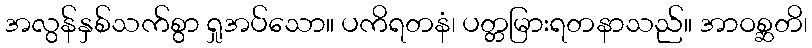
အလွန်နှစ်သက်စွာ ရှုအပ်သော။ ပကိရတနံ၊ ပတ္တမြားရတနာသည်။ အာဝစ္ဆတိ၊